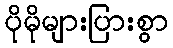
ပိုမိုများပြားစွာ